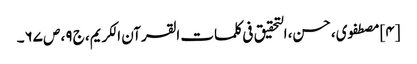
[۴] مصطفوی، حسن، التحقیق فی کلمات القرآن الکریم، ج ۹، ص ۶۷۔